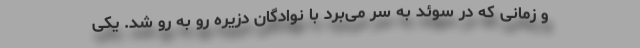
و زمانی که در سوئد به سر می‌برد با نوادگان دزیره رو به رو شد. یکی